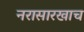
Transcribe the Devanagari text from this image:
नरासारखाच